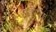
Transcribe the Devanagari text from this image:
आहारतज्ञ